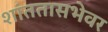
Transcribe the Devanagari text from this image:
शांततासभेवर